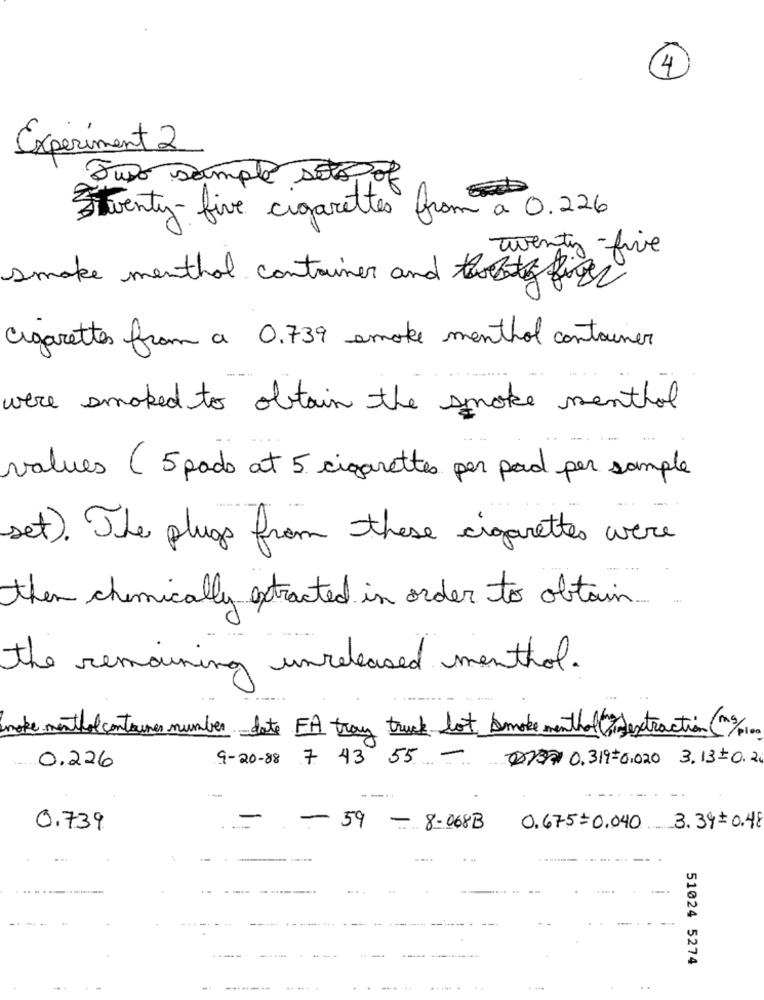
4
Experiment 2
Tuso simple site of
Seventy-five cigarettes from a 0.226
Twenty-five
smake menthol container and five
Cigarettes from a 0.739 smoke menthol container
were smoked to obtain the smoke menthol
values ( 5 pads at 5 cigarettes per pad per sample
set). The plugs from these cigarettes were
then chemically extracted in order to obtain.
the remaining unreleased menthol.
Valcontainer number date FA tray truck lot smoke menthol(ordextraction mg
9-20-88 7 43 55 -
7 0.319=0.020 3.13+0.20
0.226
---
0.739
-- 59 - 8-068B
0.675=0.040 3.34=0.48
...
...
--
51024 5274